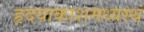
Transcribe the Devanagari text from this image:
हृदयाकाशमध्यस्थं